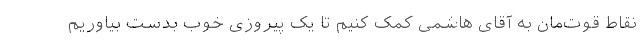
نقاط قوت‌مان به آقای هاشمی کمک کنیم تا یک پیروزی خوب بدست بیاوریم